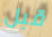
قبل